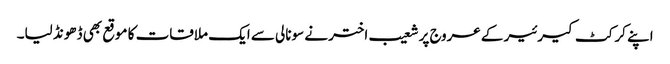
اپنے کرکٹ کیرئیر کے عروج پر شعیب اختر نے سونالی سے ایک ملاقات کا موقع بھی ڈھونڈ لیا۔